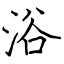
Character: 浴